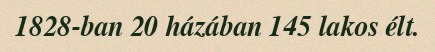
1828-ban 20 házában 145 lakos élt.